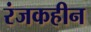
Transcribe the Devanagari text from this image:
रंजकहीन